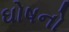
ઘોષનો